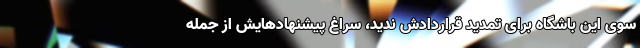
سوی این باشگاه برای تمدید قراردادش ندید، سراغ پیشنهادهایش از جمله